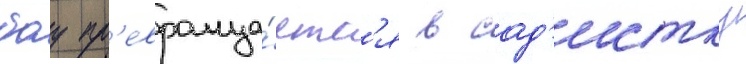
боу пр'евраща́етс'я в сад'истку